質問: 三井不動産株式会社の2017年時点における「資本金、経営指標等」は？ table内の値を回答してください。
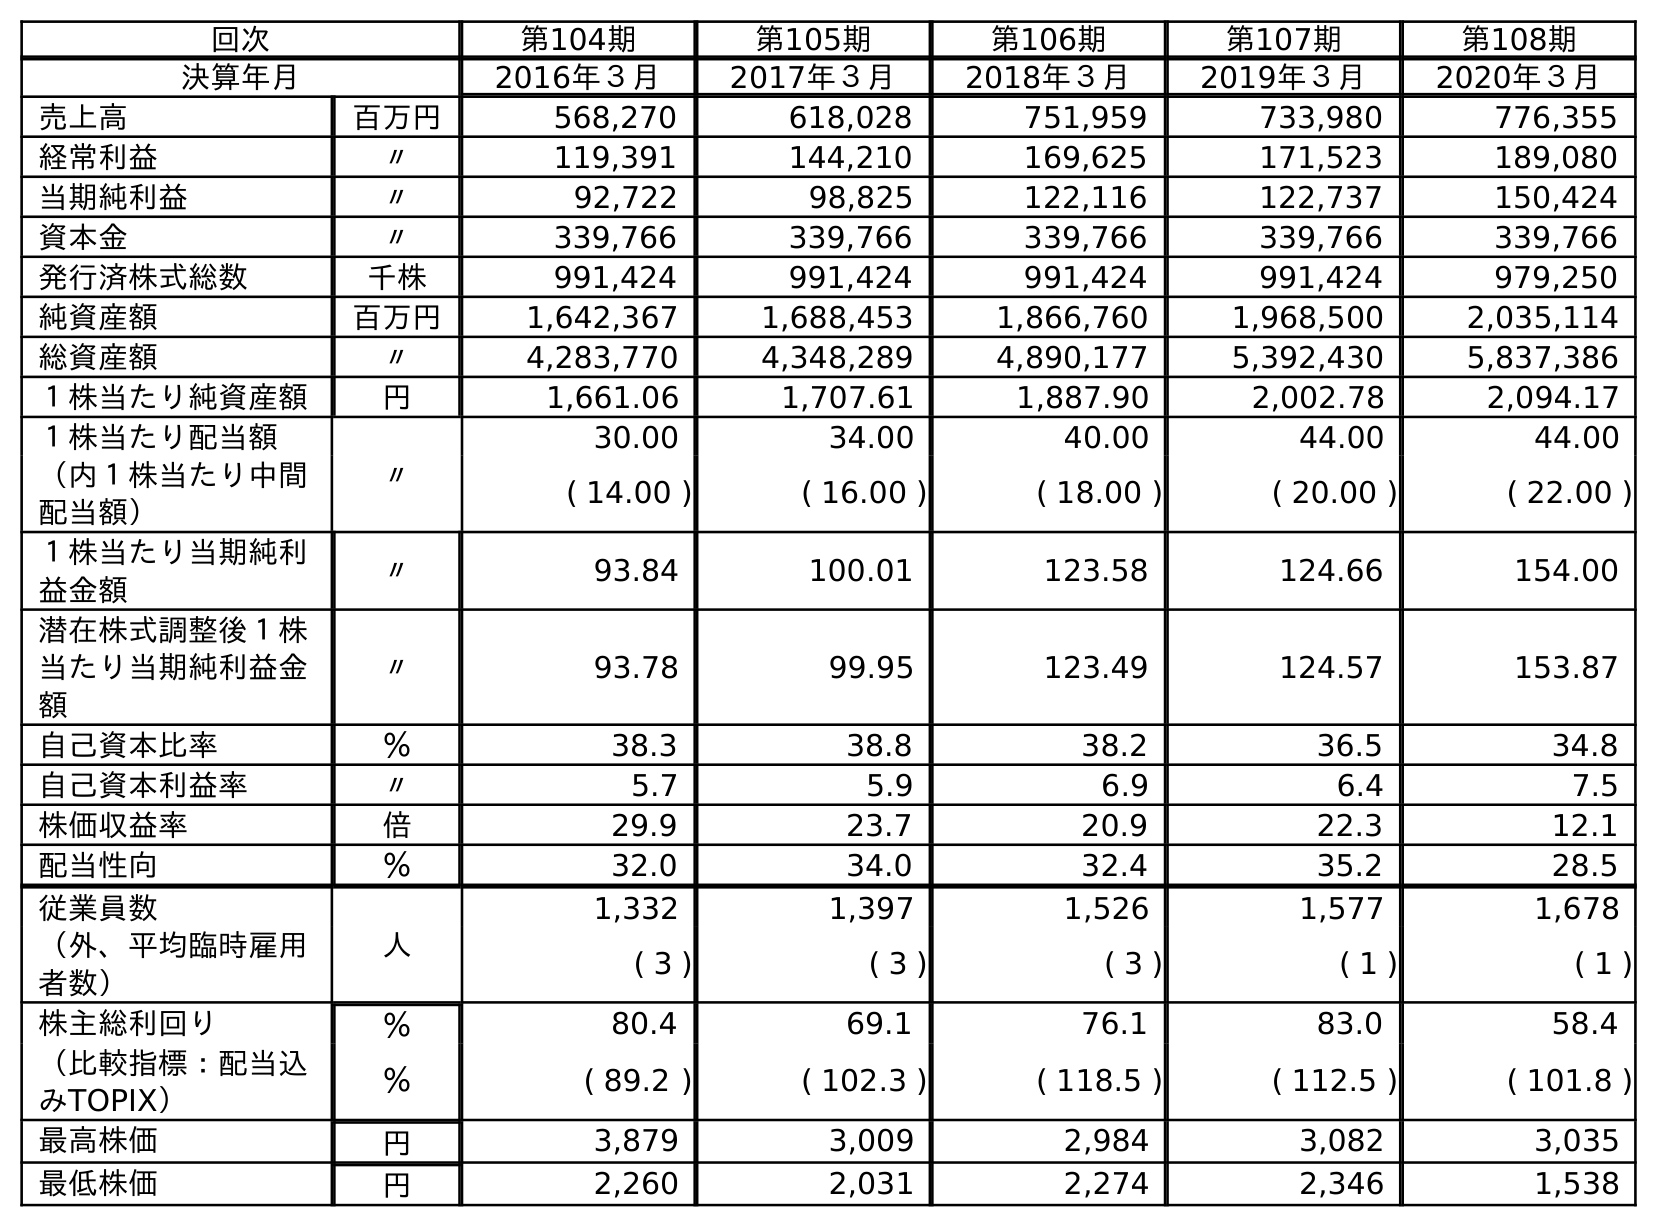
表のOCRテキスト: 回次 第104期 第105期 第106期 第107期 第108期 決算年月 2016年３月 2017年３月 2018年３月 2019年３月 2020年３月 売上高 百万円 568,270 618,028 751,959 733,980 776,355 経常利益 〃 119,391 144,210 169,625 171,523 189,080 当期純利益 〃 92,722 98,825 122,116 122,737 150,424 資本金 〃 339,766 339,766 339,766 339,766 339,766 発行済株式総数 千株 991,424 991,424 991,424 991,424 979,250 純資産額 百万円 1,642,367 1,688,453 1,866,760 1,968,500 2,035,114 総資産額 〃 4,283,770 4,348,289 4,890,177 5,392,430 5,837,386 １株当たり純資産額 円 1,661.06 1,707.61 1,887.90 2,002.78 2,094.17 １株当たり配当額 〃 30.00 34.00 40.00 44.00 44.00 （内１株当たり中間 配当額） ( 14.00 ) ( 16.00 ) ( 18.00 ) ( 20.00 ) ( 22.00 ) １株当たり当期純利 益金額 〃 93.84 100.01 123.58 124.66 154.00 潜在株式調整後１株 当たり当期純利益金 額 〃 93.78 99.95 123.49 124.57 153.87 自己資本比率 ％ 38.3 38.8 38.2 36.5 34.8 自己資本利益率 〃 5.7 5.9 6.9 6.4 7.5 株価収益率 倍 29.9 23.7 20.9 22.3 12.1 配当性向 ％ 32.0 34.0 32.4 35.2 28.5 従業員数 人 1,332 1,397 1,526 1,577 1,678 （外、平均臨時雇用 者数） ( 3 ) ( 3 ) ( 3 ) ( 1 ) ( 1 ) 株主総利回り ％ 80.4 69.1 76.1 83.0 58.4 （比較指標：配当込 みTOPIX） ％ ( 89.2 ) ( 102.3 ) ( 118.5 ) ( 112.5 ) ( 101.8 ) 最高株価 円 3,879 3,009 2,984 3,082 3,035 最低株価 円 2,260 2,031 2,274 2,346 1,538
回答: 339,766